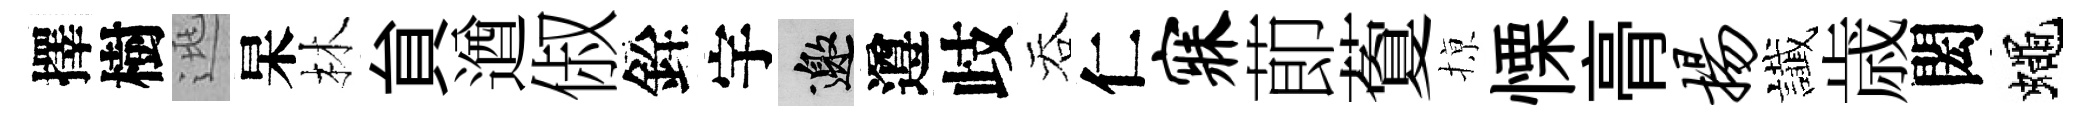
擇樹逃杲林貟遒俶銓宇邀遵歧吞仁寐莭藑𢱊慄𮌔扬䜟歳閎蠅